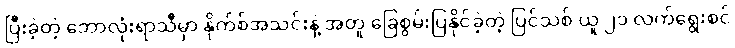
ပြီးခဲ့တဲ့ ဘောလုံးရာသီမှာ နိုက်စ်အသင်းနဲ့ အတူ ခြေစွမ်းပြနိုင်ခဲ့တဲ့ ပြင်သစ် ယူ ၂၁ လက်ရွေးစင်